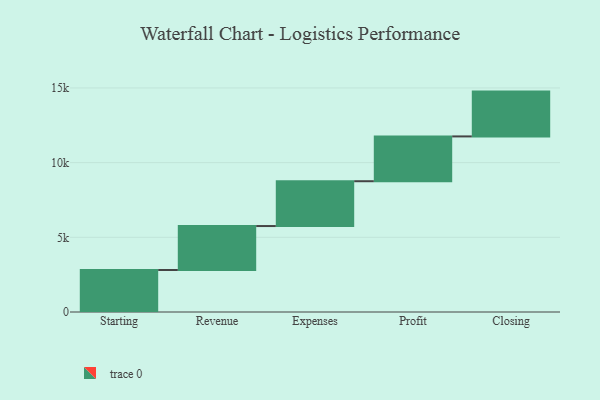
{"axis": {"x": "Step", "y": "Value"}, "legend": [""], "data": [{"x": "Starting", "y": 2812.0, "type": ""}, {"x": "Revenue", "y": 2943.0, "type": ""}, {"x": "Expenses", "y": 3000, "type": ""}, {"x": "Profit", "y": 3000, "type": ""}, {"x": "Closing", "y": 3000, "type": ""}]}